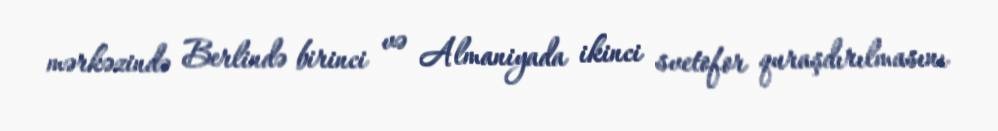
mərkəzində Berlində birinci və Almaniyada ikinci svetofor quraşdırılmasını